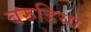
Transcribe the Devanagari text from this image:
बरुडिया